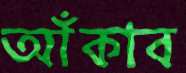
আঁকাব